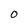
Character: O